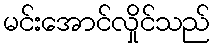
မင်းအောင်လှိုင်သည်